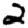
Digit: 2